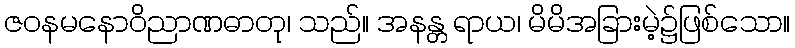
ဇဝနမနောဝိညာဏဓာတု၊ သည်။ အနန္တ ရာယ၊ မိမိအခြားမဲ့၌ဖြစ်သော။